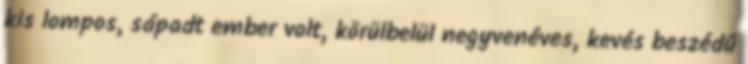
kis lompos, sápadt ember volt, körülbelül negyvenéves, kevés beszédű